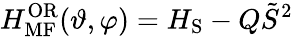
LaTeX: H_{\mathrm{MF}}^{\mathrm{OR}}(\vartheta,\varphi)=H_{\mathrm{S}}-Q\tilde{S}^{2}